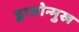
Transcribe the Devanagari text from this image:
ह्वासोन्मुख